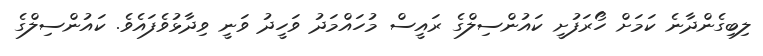
ލިބިގެންދާނެ ކަމަށް ހޯރަފުށީ ކައުންސިލްގެ ރައީސް މުހައްމަދު ވަހީދު ވަނީ ވިދާޅުވެފައެވެ. ކައުންސިލްގެ